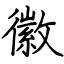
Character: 徽